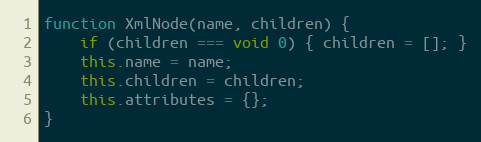
Language: JavaScript
function XmlNode(name, children) {
    if (children === void 0) { children = []; }
    this.name = name;
    this.children = children;
    this.attributes = {};
}